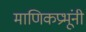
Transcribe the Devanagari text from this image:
माणिकप्रभूंनी